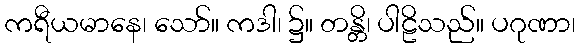
ကရီယမာနေ၊ သော်။ ကဒါ၊ ၌။ တန္တိ၊ ပါဠိသည်။ ပဂုဏာ၊